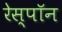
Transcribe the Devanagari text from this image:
रेस्पॉन